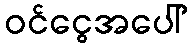
ဝင်ငွေအပေါ်